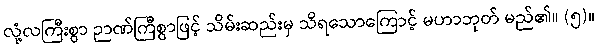
လုံ့လကြီးစွာ ဉာဏ်ကြီစွာဖြင့် သိမ်းဆည်းမှ သိရသောကြောင့် မဟာဘုတ် မည်၏။ (၅)။